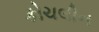
કોચલીન